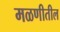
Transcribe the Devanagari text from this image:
मळणीतील